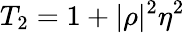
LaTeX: T_{2}=1+|\rho|^{2}\eta^{2}